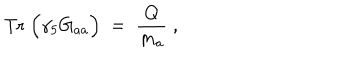
LaTeX: \mathrm { T r } \; \Big ( \gamma _ { 5 } G _ { a a } \Big ) \; = \; \frac { Q } { m _ { a } } \; ,